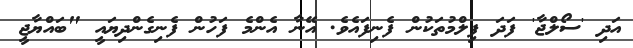
އަދި 'ސޯލްޖާ' ފަދަ ފިލްމުތަކުން ފެނިފައެވެ. އޭނާ އެންމެ ފަހުން ފެނިގެންދިޔައީ "ބައްޔާޖީ